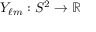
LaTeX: Y _ { \ell m } : S ^ { 2 } \to \mathbb { R }